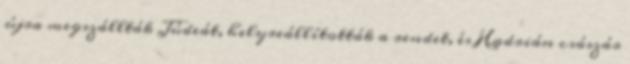
újra megszállták Júdeát, helyreállították a rendet, és Hadrián császár